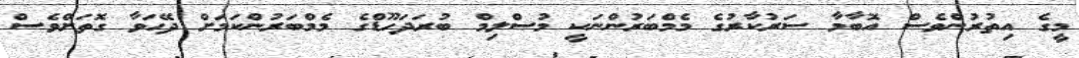
މީގެ އިތުރުންވެސް އޮބާމާ ސަރުކާރުގެ މެމްބަރުންނަކީ މުސްލިމް ބުރަދަހޫޑްގެ މެމްބަރުންކަމަށް ދޭހަވާ ގޮތަށްވެސް